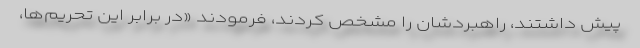
پیش داشتند، راهبردشان را مشخص کردند، فرمودند «در برابر این تحریم‌ها،